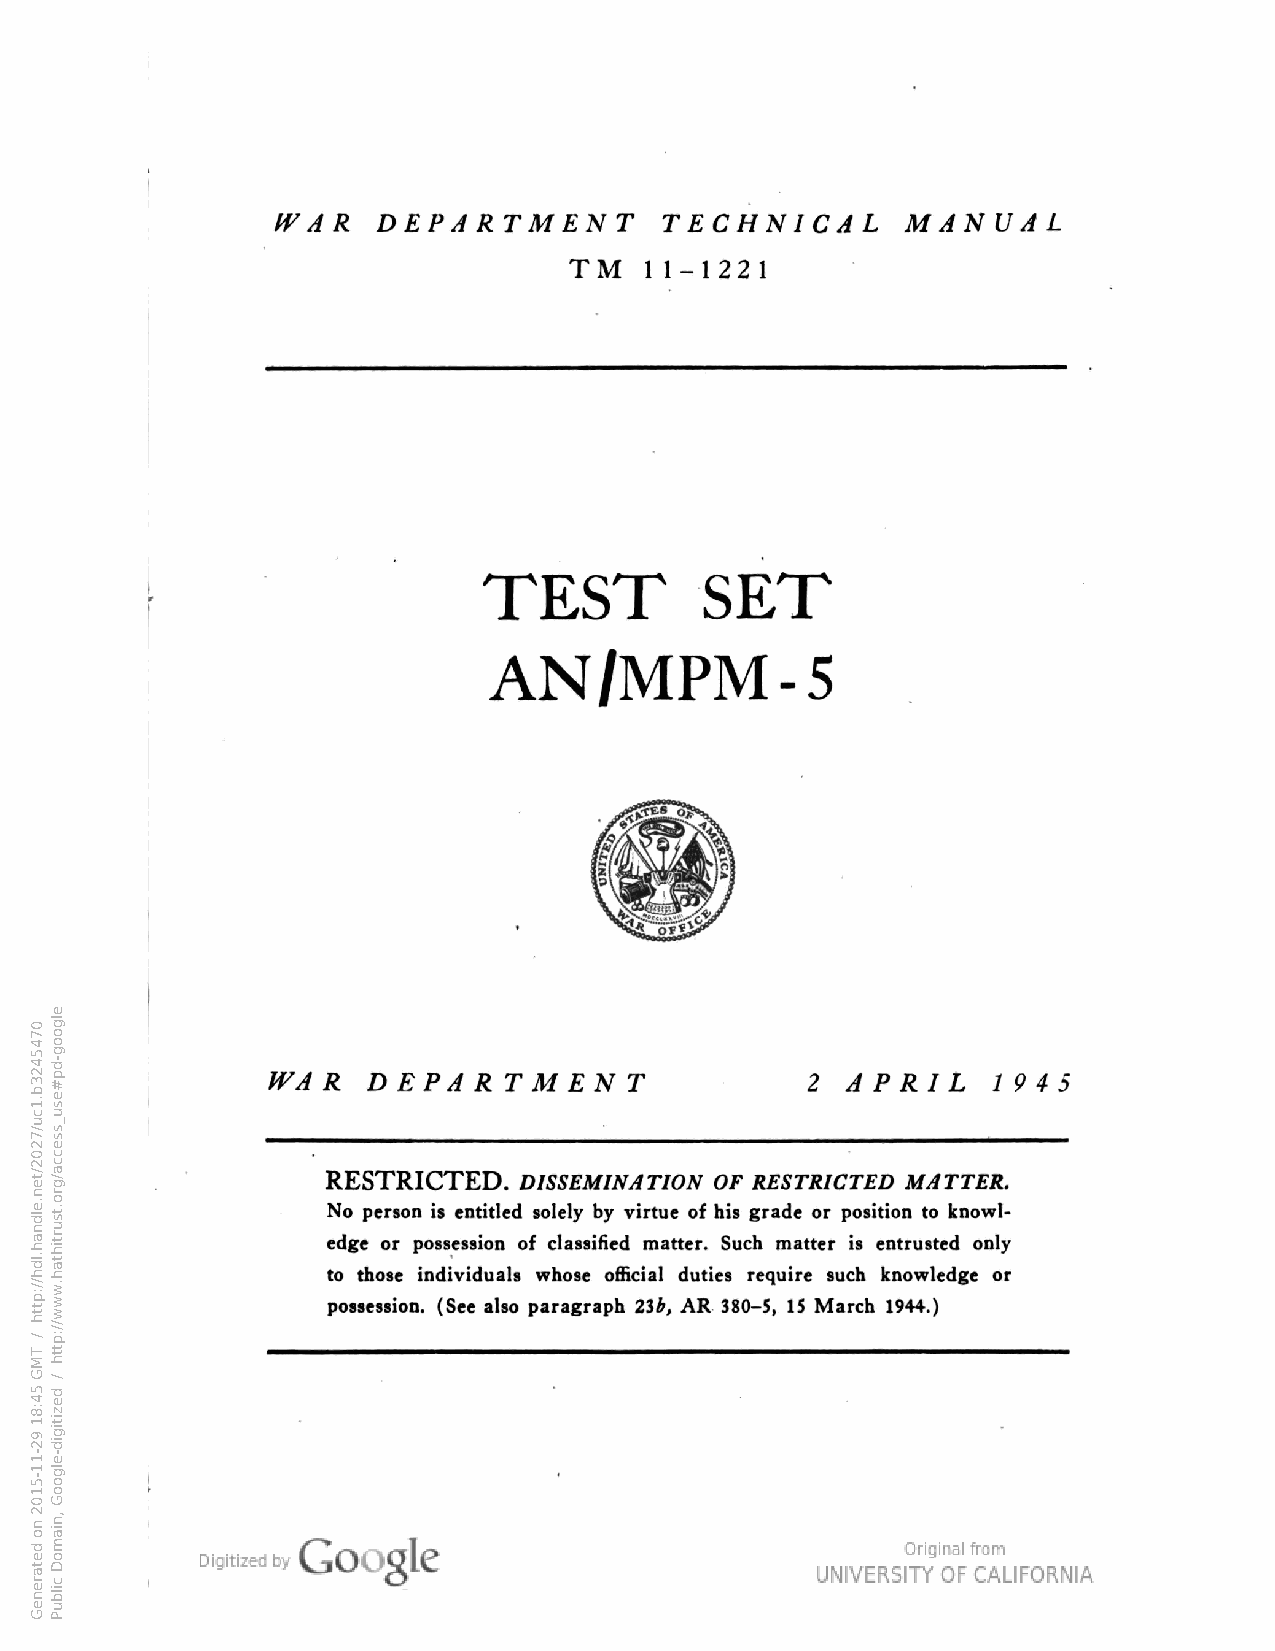
DEPARTMENT         TECHNICAL       MANUAL
 IV A R
 TM   11-1221
 TEST           SET
 AN/MPM-5
 DEPARTMENT                      APRIL
 WAR                                             1945
 2
 RESTRICTED. DiSSEMINATiON OF RESTRiCTED MATTER.
 No person is entitled solely by virtue of his grade or position to knowl
 edge or possession of classified matter. Such matter is entrusted only
 to those individuals whose official duties require such knowledge or
 possession. (See also paragraph 21h, AR 380-5, 15 March 1944.)
 0745423b.1cu/7202/ten.eldnah.ldh//:ptth
 /
 TMG
 54:81
 92-11-5102
 no
 detareneG
 elgoog-dp#esu_ssecca/gro.tsurtihtah.www//:ptth
 /
 dezitigid-elgooG
 ,niamoD
 cilbuP